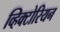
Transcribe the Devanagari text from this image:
व्हिक्टोरियन